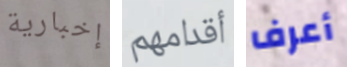
إخبارية أقدامهم أعرف